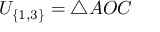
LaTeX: U _ { \{ 1 , 3 \} } = \triangle A O C